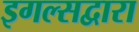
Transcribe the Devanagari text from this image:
इगल्सद्वारा